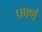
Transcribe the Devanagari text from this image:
प्रपर्ण